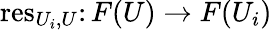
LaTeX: \operatorname{res}_{U_{i},U}\colon F(U)\rightarrow F(U_{i})